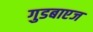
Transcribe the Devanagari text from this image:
गुडबाएज